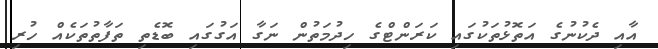
އާއި ދެކުނުގެ އަތޮޅުތަކުގައި ކަރަންޓްގެ ހިދުމަތުން ނަގާ އަގުގައި ބޮޑެތި ތަފާތުތަކެއް ހުރި